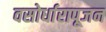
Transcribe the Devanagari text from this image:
वसोर्धारापूजन